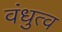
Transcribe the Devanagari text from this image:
वंधुत्व